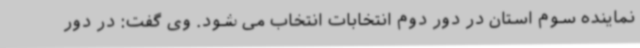
نماینده سوم استان در دور دوم انتخابات انتخاب می شود. وی گفت: در دور